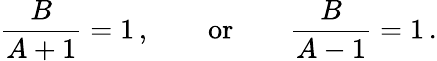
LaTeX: {\frac{B}{A+1}}=1\, ,\qquad\mathrm{or}\qquad{\frac{B}{A-1}}=1\, .